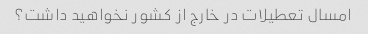
امسال تعطیلات در خارج از کشور نخواهید داشت؟